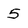
Character: 5